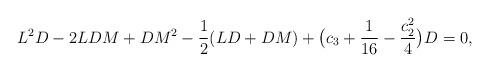
LaTeX: \begin{align*}L^2 D - 2LDM + DM^2 - \displaystyle\frac{1}{2}(LD + DM)+ \big(c_3 + \displaystyle\frac{1}{16} - \displaystyle\frac{c_2^2}{4}\big)D = 0,\end{align*}